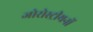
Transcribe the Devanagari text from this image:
जोरोस्ट्रीयनों